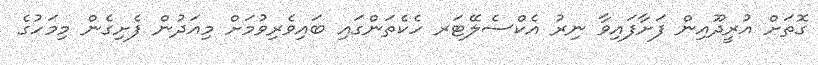
ގޮތަށް އުރީދޫއިން ފަށާފައިވާ ނިރު އެކްސެލޭޓަރ ހެކެތަންގައި ބައިވެރިވުމަށް މިއަދުން ފެށިގެން މިމަހުގެ